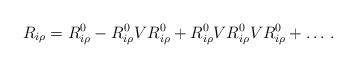
LaTeX: \begin{align*}R_{i\rho}=R^0_{i\rho}-R^0_{i\rho}VR^0_{i\rho}+R^0_{i\rho}VR^0_{i\rho}VR^0_{i\rho}+\ldots\,.\end{align*}